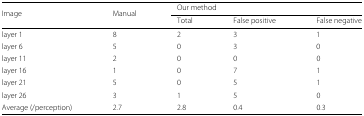
<table><thead><tr><td><b>Image</b></td><td><b>Manual</b></td><td colspan="3"><b>Our method</b></td></tr><tr><td></td><td></td><td><b>Total</b></td><td><b>False positive</b></td><td><b>False negative</b></td></tr></thead><tbody><tr><td>layer 1</td><td>8</td><td>2</td><td>3</td><td>1</td></tr><tr><td>layer 6</td><td>5</td><td>0</td><td>3</td><td>0</td></tr><tr><td>layer 11</td><td>2</td><td>0</td><td>0</td><td>0</td></tr><tr><td>layer 16</td><td>1</td><td>0</td><td>7</td><td>1</td></tr><tr><td>layer 21</td><td>5</td><td>0</td><td>5</td><td>1</td></tr><tr><td>layer 26</td><td>3</td><td>1</td><td>5</td><td>0</td></tr><tr><td>Average (/perception)</td><td>2.7</td><td>2.8</td><td>0.4</td><td>0.3</td></tr></tbody></table>